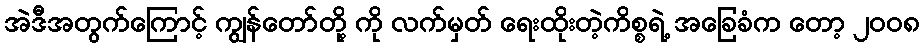
အဲဒီအတွက်ကြောင့် ကျွန်တော်တို့ ကို လက်မှတ် ရေးထိုးတဲ့ကိစ္စရဲ့ အခြေခံက တော့ ၂၀၀၈